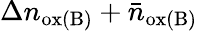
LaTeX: \Delta n_{\mathrm{ox(B)}}+\bar{n}_{\mathrm{ox(B)}}